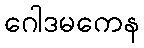
ဂေါဒမကေန